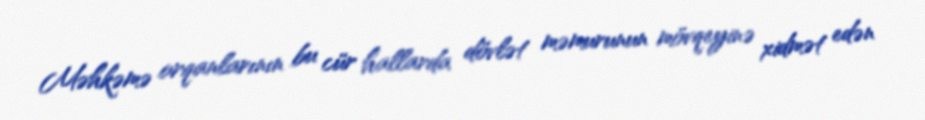
Məhkəmə orqanlarının bu cür hallarda dövlət məmurunun mövqeyinə xidmət edən